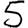
Digit: 5